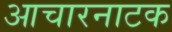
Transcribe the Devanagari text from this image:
आचारनाटक